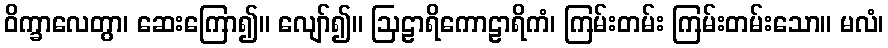
ဝိက္ခာလေတွာ၊ ဆေးကြော၍။ လျော်၍။ ဩဠာရိကောဠာရိကံ၊ ကြမ်းတမ်း ကြမ်းတမ်းသော။ မလံ၊